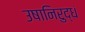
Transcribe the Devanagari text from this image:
उषानिरुद्धं